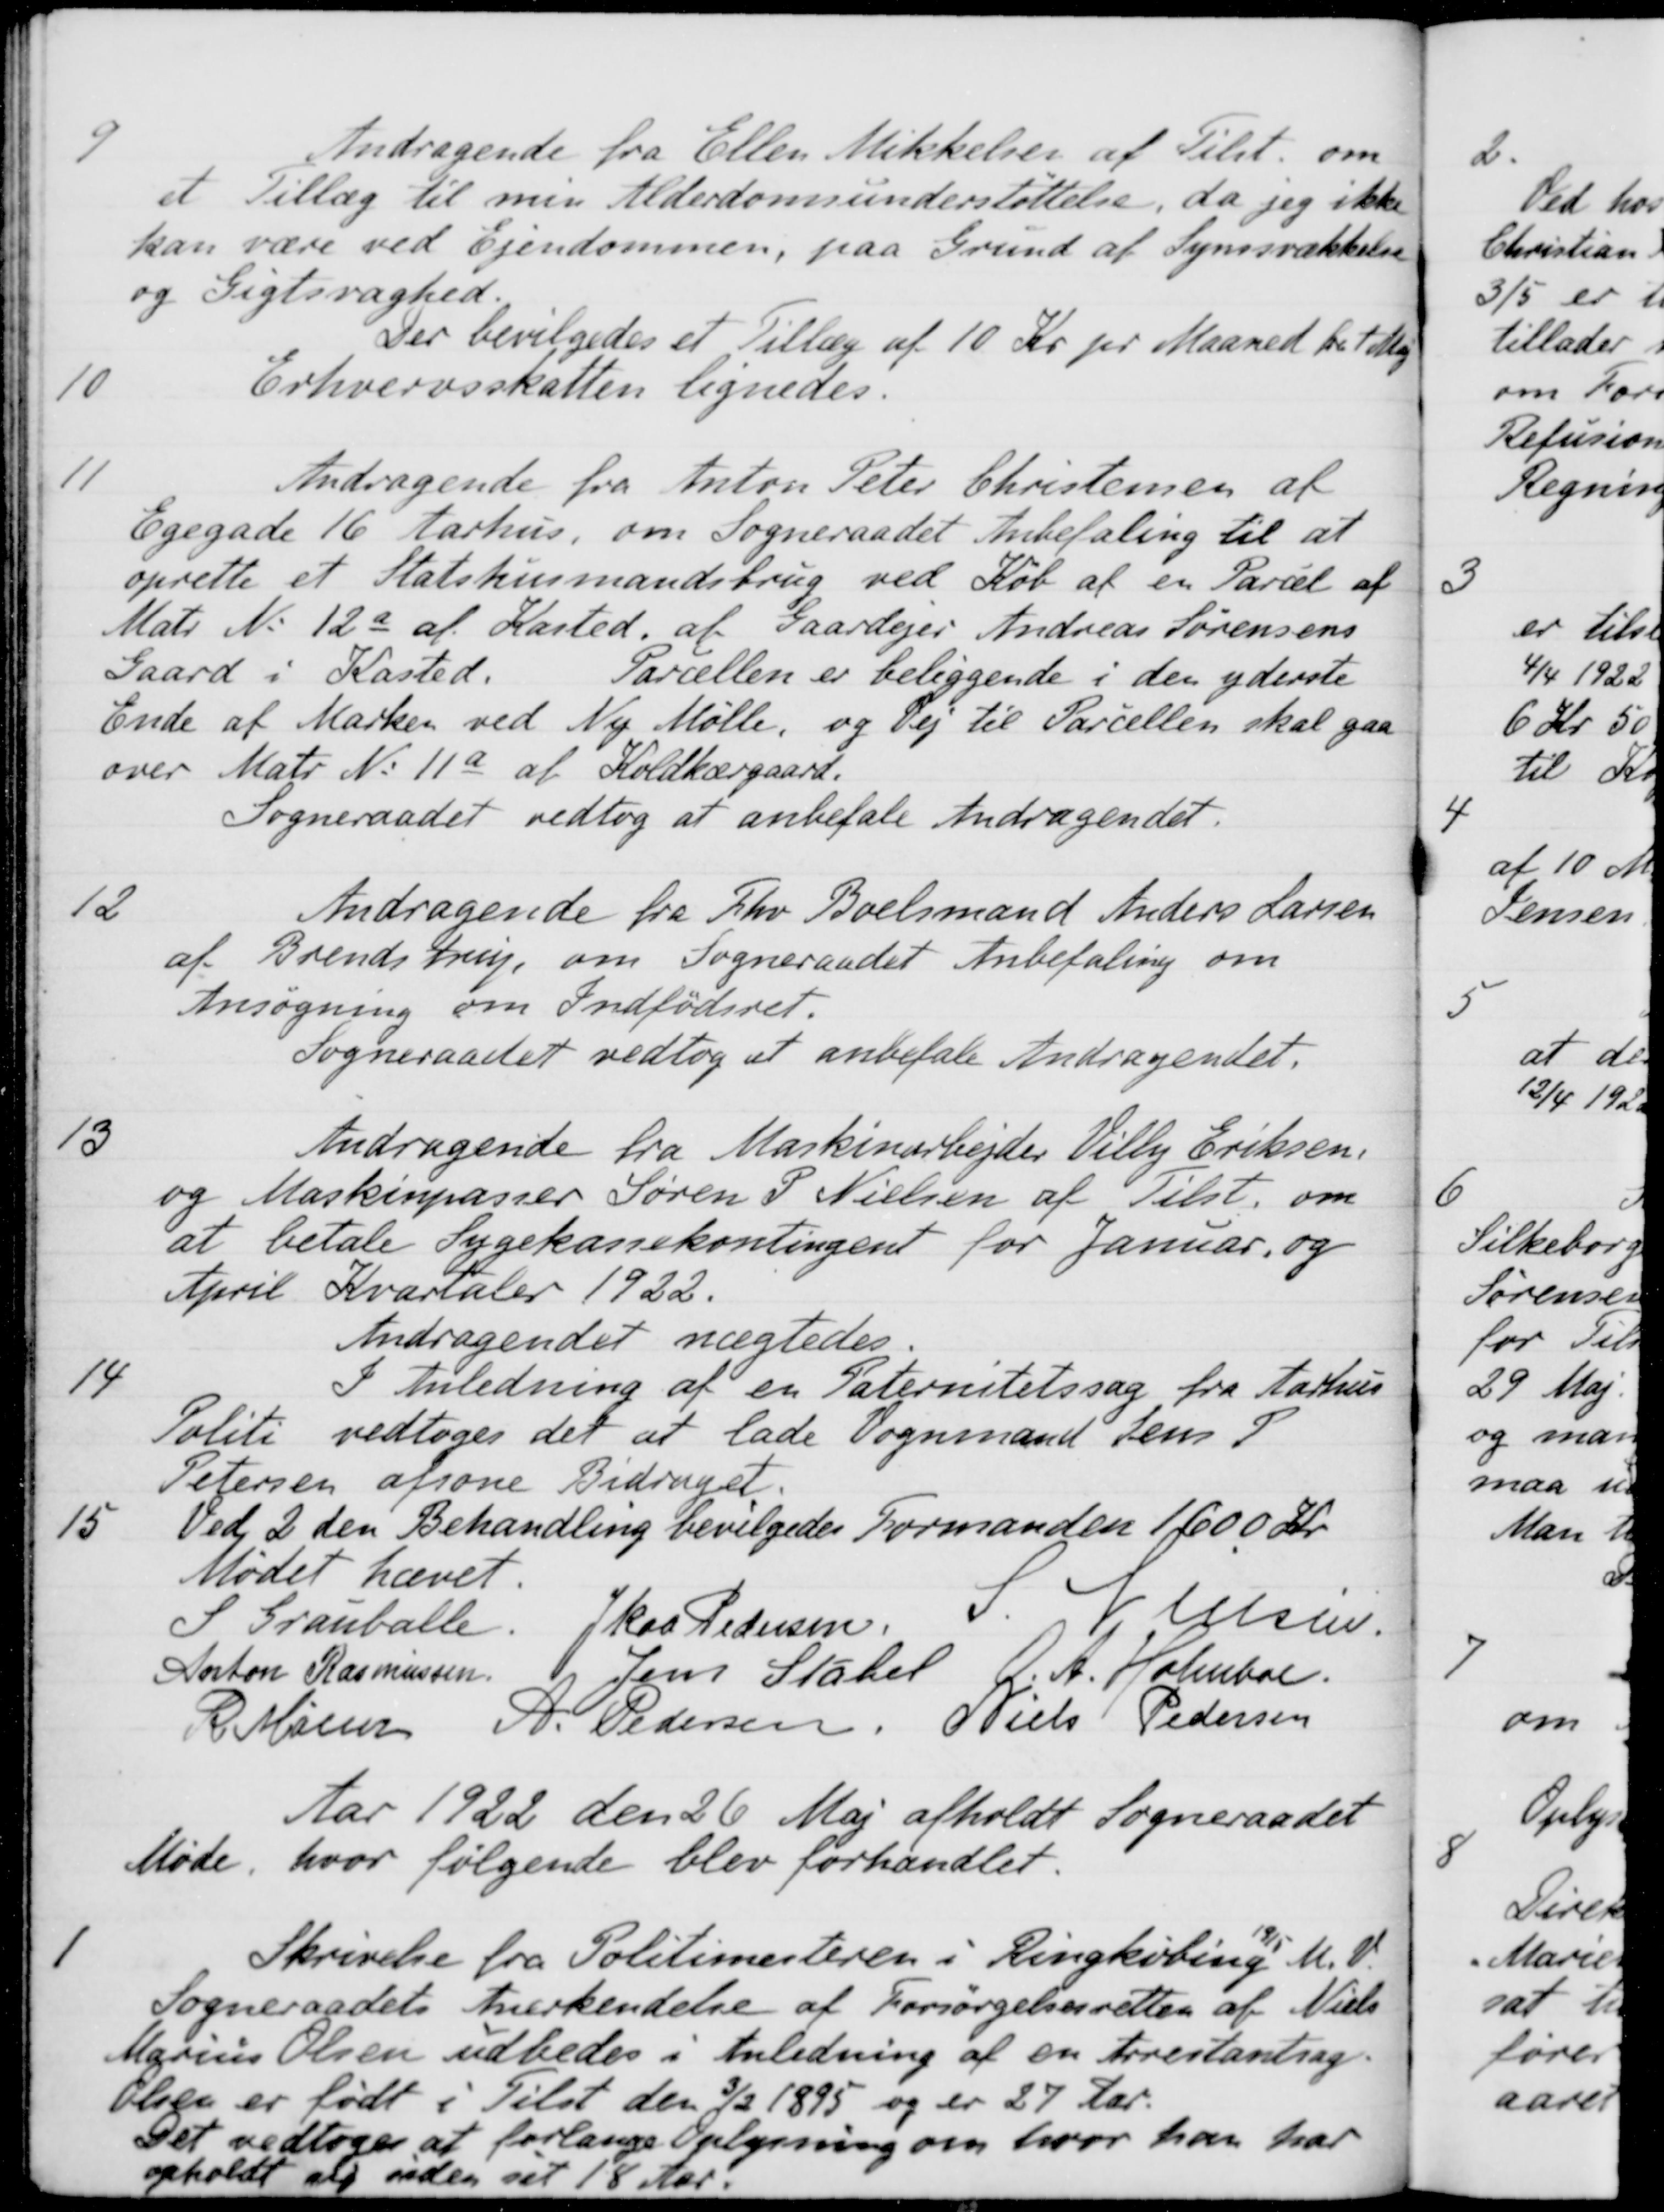
Transskription:
9
Andragende fra Ellen Mikkelsen af Tilst, om
et Tillæg til min Alderdomsunderstøttelse, da jeg ikke
kan være ved Ejendommen, paa Grund af Synsvækkelse
og Gigtsvaghed.
Der bevilgedes et Tillæg af 10 Kr pr Maaned fra 1 Maj
10
Erhvervsskatten lignedes.
11
Andragende fra Anton Peter Christensen af
Egegade 16 Aarhus, om Sogneraadet Anbefaling til at
oprette et Statshusmandsbrug ved Køb af en Parcel af
Matr. No 12a af Kasted, af Gaardejer Andreas Sørensens
Gaard i Kasted. Parcellen er beliggende i den yderste
Ende af Marken ved Ny Mølle, og Vej til Parcellen skal gaa
over Matr. No 11a af Koldkærgaard.
Sogneraadet vedtog at anbefale Andragendet.
12
Andragende fra Fhv Boelsmand Anders Larsen
af Brendstrup, om Sogneraadet Anbefaling om
Ansøgning om Indfødsret.
Sogneraadet vedtog at anbefale Andragendet.
13
Andragende fra Maskinarbejder Villy Eriksen.
og Maskinpasier Søren P. Nielsen af Tilst. om
at betale Sygekassekontingent for Januar og
April Kvartaler 1922.
Andragendet nægtedes.
14
I Anledning af en Paternitetssag fra Aarhus
Politi vedtoges det at lade Vognmand Jens P
Petersen afsone Bidraget.
15
Ved 2 den Behandling bevilgedes Formanden 1600 Kr.
Mødet hævet.
S Grauballe.
J Kaa Pedersen.
S. Nielsen.
Anton Rasmussen
Jens Stabel
O. A. Holmboe
R Mainz
A. Pedersen
Niels Pedersen
Aar 1922 den 26 Maj afholdt Sogneraadet
Møde, hvor følgende blev forhandlet.
1
Skrivelse fra Politimesteren i Ringkøbing 19/5 M. V.
Sogneraadets Anerkendelse af Forsørgelsesretten af Niels
Marius Olsen udbedes i Anledning af en Arrestantsag.
Olsen er født i Tilst den 3/2 1895 og er 27 Aar.
Det vedtoges at forlange Oplysning om hvor han har
opholdt sig siden sit 18 Aar